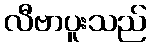
လီဗာပူးသည်